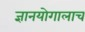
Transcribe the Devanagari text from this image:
ज्ञानयोगालाच